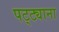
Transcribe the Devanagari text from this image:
पट्ट्याना